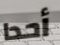
أحدا